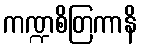
ကဏ္ဍစိတြကာနိ